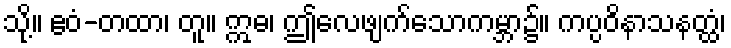
သို့။ ဧဝံ-တထာ၊ တူ။ ဣဓ၊ ဤလေဖျက်သောကမ္ဘာ၌။ ကပ္ပဝိနာသနတ္ထံ၊